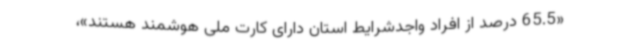
«65.5 درصد از افراد واجدشرایط استان دارای کارت ملی هوشمند هستند»،